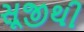
સૂજીથી